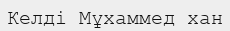
Келді Мұхаммед хан